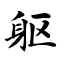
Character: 躯